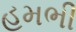
હમભી